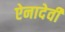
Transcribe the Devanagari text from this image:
ऐनादेवी